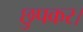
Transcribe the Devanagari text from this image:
छुपकर।